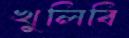
খুলিবি